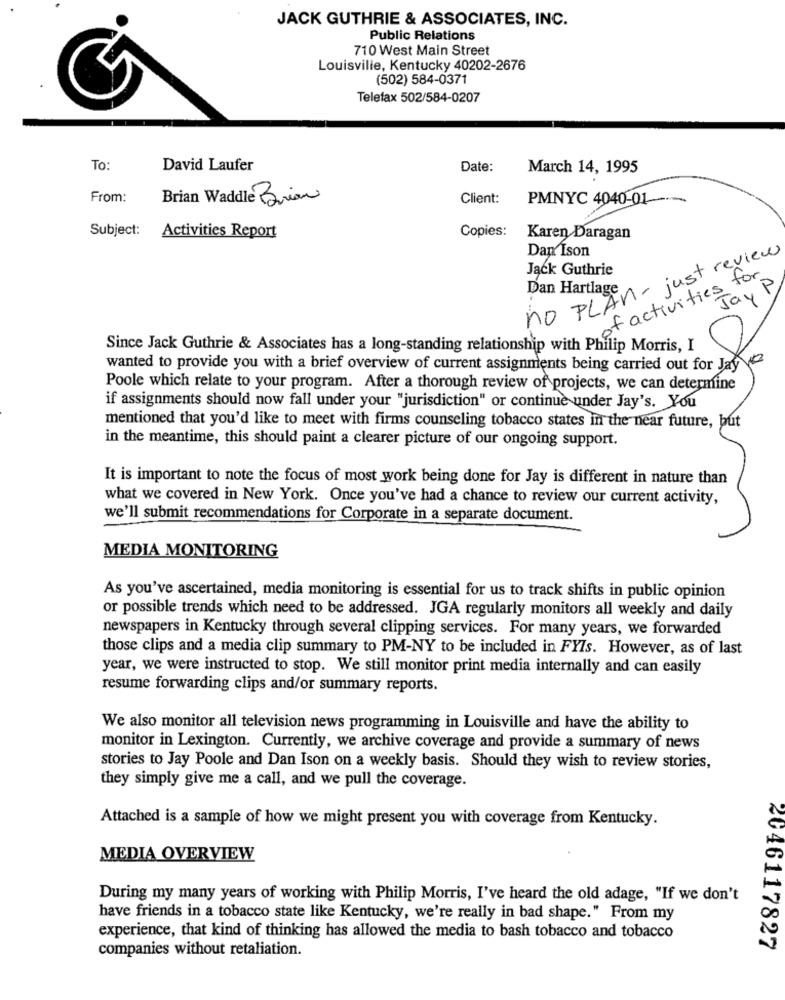
JACK GUTHRIE & ASSOCIATES, INC.
Public Relations
710 West Main Street
Louisville, Kentucky 40202-2676
(502) 584-0371
Telefax 502/584-0207
To:
David Laufer
Date:
March 14, 1995
From:
Brian Waddle Brian
Client:
PMNYC 4040-01-
Subject:
Activities Report
Copies:
Karen Daragan
Dap Ison
no PLAN- just review
Jack Guthrie
ofactivities for
Dan Hartlage
Jay P
Since Jack Guthrie & Associates has a long-standing relationship with Philip Morris, I
wanted to provide you with a brief overview of current assignments being carried out for Jay
Poole which relate to your program. After a thorough review of projects, we can determine
if assignments should now fall under your "jurisdiction" or continue under Jay's. You
mentioned that you'd like to meet with firms counseling tobacco states in the near future, but
in the meantime, this should paint a clearer picture of our ongoing support.
It is important to note the focus of most work being done for Jay is different in nature than
what we covered in New York. Once you've had a chance to review our current activity,
we'll submit recommendations for Corporate in a separate document.
MEDIA MONITORING
As you've ascertained, media monitoring is essential for us to track shifts in public opinion
or possible trends which need to be addressed. JGA regularly monitors all weekly and daily
newspapers in Kentucky through several clipping services. For many years, we forwarded
those clips and a media clip summary to PM-NY to be included in FYIs. However, as of last
year, we were instructed to stop. We still monitor print media internally and can easily
resume forwarding clips and/or summary reports.
We also monitor all television news programming in Louisville and have the ability to
monitor in Lexington. Currently, we archive coverage and provide a summary of news
stories to Jay Poole and Dan Ison on a weekly basis. Should they wish to review stories,
they simply give me a call, and we pull the coverage.
Attached is a sample of how we might present you with coverage from Kentucky.
MEDIA OVERVIEW
During my many years of working with Philip Morris, I've heard the old adage, "If we don't
have friends in a tobacco state like Kentucky, we're really in bad shape." From my
experience, that kind of thinking has allowed the media to bash tobacco and tobacco
companies without retaliation.
2046117827